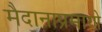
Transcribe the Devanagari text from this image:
मैदानाप्रमाणे